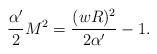
LaTeX: \begin{align*}\frac{\alpha'}2M^2 = \frac{(wR)^2}{2\alpha'}-1.\end{align*}